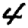
Digit: 4